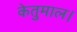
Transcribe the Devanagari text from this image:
केतुमाल।